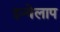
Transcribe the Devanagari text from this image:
इन्वेलाप